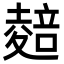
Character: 𭐭